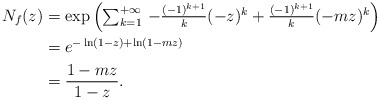
\begin{align*} N_f(z)&=\exp\left(\textstyle\sum_{k=1}^{+\infty} \, -\frac{(-1)^{k+1}}{k}(-z)^k + \frac{(-1)^{k+1}}{k}(-mz)^k\right) \\ &= e^{-\ln(1-z) + \ln(1-mz)} \\ &= \dfrac{1-mz}{1-z}. \end{align*}